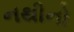
નથીનો